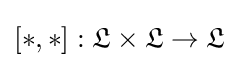
[*,*]:{\mathfrak {L}}\times {\mathfrak {L}}\rightarrow {\mathfrak {L}}